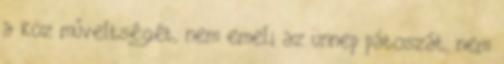
a köz műveltségét, nem emeli az ünnep pátoszát, nem